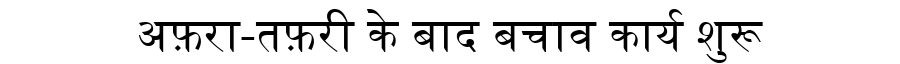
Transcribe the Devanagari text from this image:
अफ़रा-तफ़री के बाद बचाव कार्य शुरू